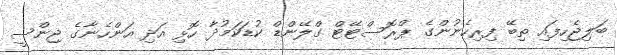
ބަލިޖެހިފައި ތިބޭ ފިރިހެނުންގެ ޕްރޮސްޓޭޓް ގްލޭންޑް ކުޑަކަމުދާ ހޮޅި އަދި އަންހެނާގެ ޖިންސީ